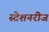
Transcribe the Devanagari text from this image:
स्टेशनरीज